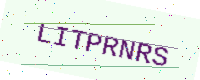
Text: LITPRNRS